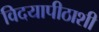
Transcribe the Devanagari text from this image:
विदयापीठाशी